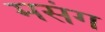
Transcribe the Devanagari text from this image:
मसंग